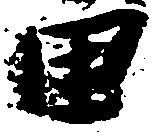
田